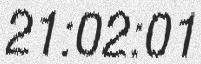
21:02:01